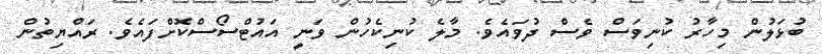
ބުޅަލުން މިހާރު ކުނިވަސް ވެސް ދުވައެވެ. މާލެ ކުނިކެހުން ވަނީ އައުޓްސޯސްކޮށްފައެވެ. ރައްޔިތުން